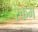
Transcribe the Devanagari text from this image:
रेकम